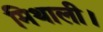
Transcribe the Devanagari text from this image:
मिथाली।